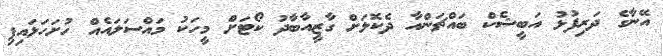
އޭނާގެ ދަރިފުޅު އަބީޝެކް ބައްޗަންއާ ދެކޮޅަށް ގާޒީއާބާދު ކޯޓަށް މީހަކު މައްސަލައެއް ހުށަހަޅައިފި